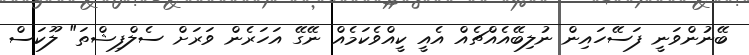
ބޭނުންވަނީ ފަސޭހައިން ނުލިބޭއެއްޗެއް އެއީ ކީއްވެކަމެއް ނޭގޭ އަހަރެން ވަރަށް ސެލްފިޝްތަ" ލޫކަސް